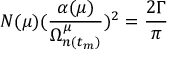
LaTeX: N ( \mu ) ( \frac { \alpha ( \mu ) } { \Omega _ { n ( t _ { m } ) } ^ { \mu } } ) ^ { 2 } = \frac { 2 \Gamma } { \pi }